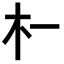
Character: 𬂜